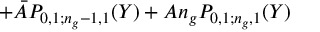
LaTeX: + \bar { A } P _ { 0 , 1 ; n _ { g } - 1 , 1 } ( Y ) + A n _ { g } P _ { 0 , 1 ; n _ { g } , 1 } ( Y )